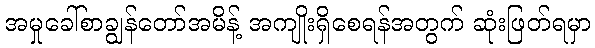
အမှုခေါ်စာချွန်တော်အမိန့် အကျိုးရှိစေရန်အတွက် ဆုံးဖြတ်ရမှာ